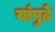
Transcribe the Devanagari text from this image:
यांपुढे